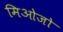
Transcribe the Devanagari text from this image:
मिओजो